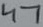
Text: 47